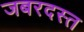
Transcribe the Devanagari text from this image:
जबरदस्त